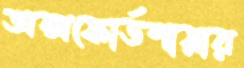
অক্সফোর্ডশায়ার